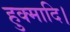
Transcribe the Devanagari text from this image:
हुक्मादि।